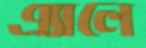
এ্যালে